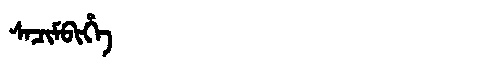
Manchu: ᠰᠠᠴᡳᠮᠪᡳᡥᡝ
Romanization: SACIMBIHE